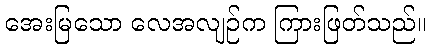
အေးမြသော လေအလျဉ်က ကြားဖြတ်သည်။